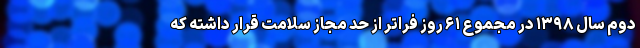
دوم سال ۱۳۹۸ در مجموع ۶۱ روز فراتر از حد مجاز سلامت قرار داشته که